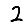
Digit: 2